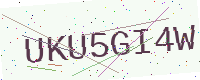
Text: UKU5GI4W